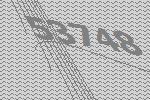
53748